Bréfritari: Klemens Björnsson
Viðtakandi: Jón Borgfirðings Jónsson
Dagsetning: A-1861-06-17
Skrifað á: Borg  Kjós.

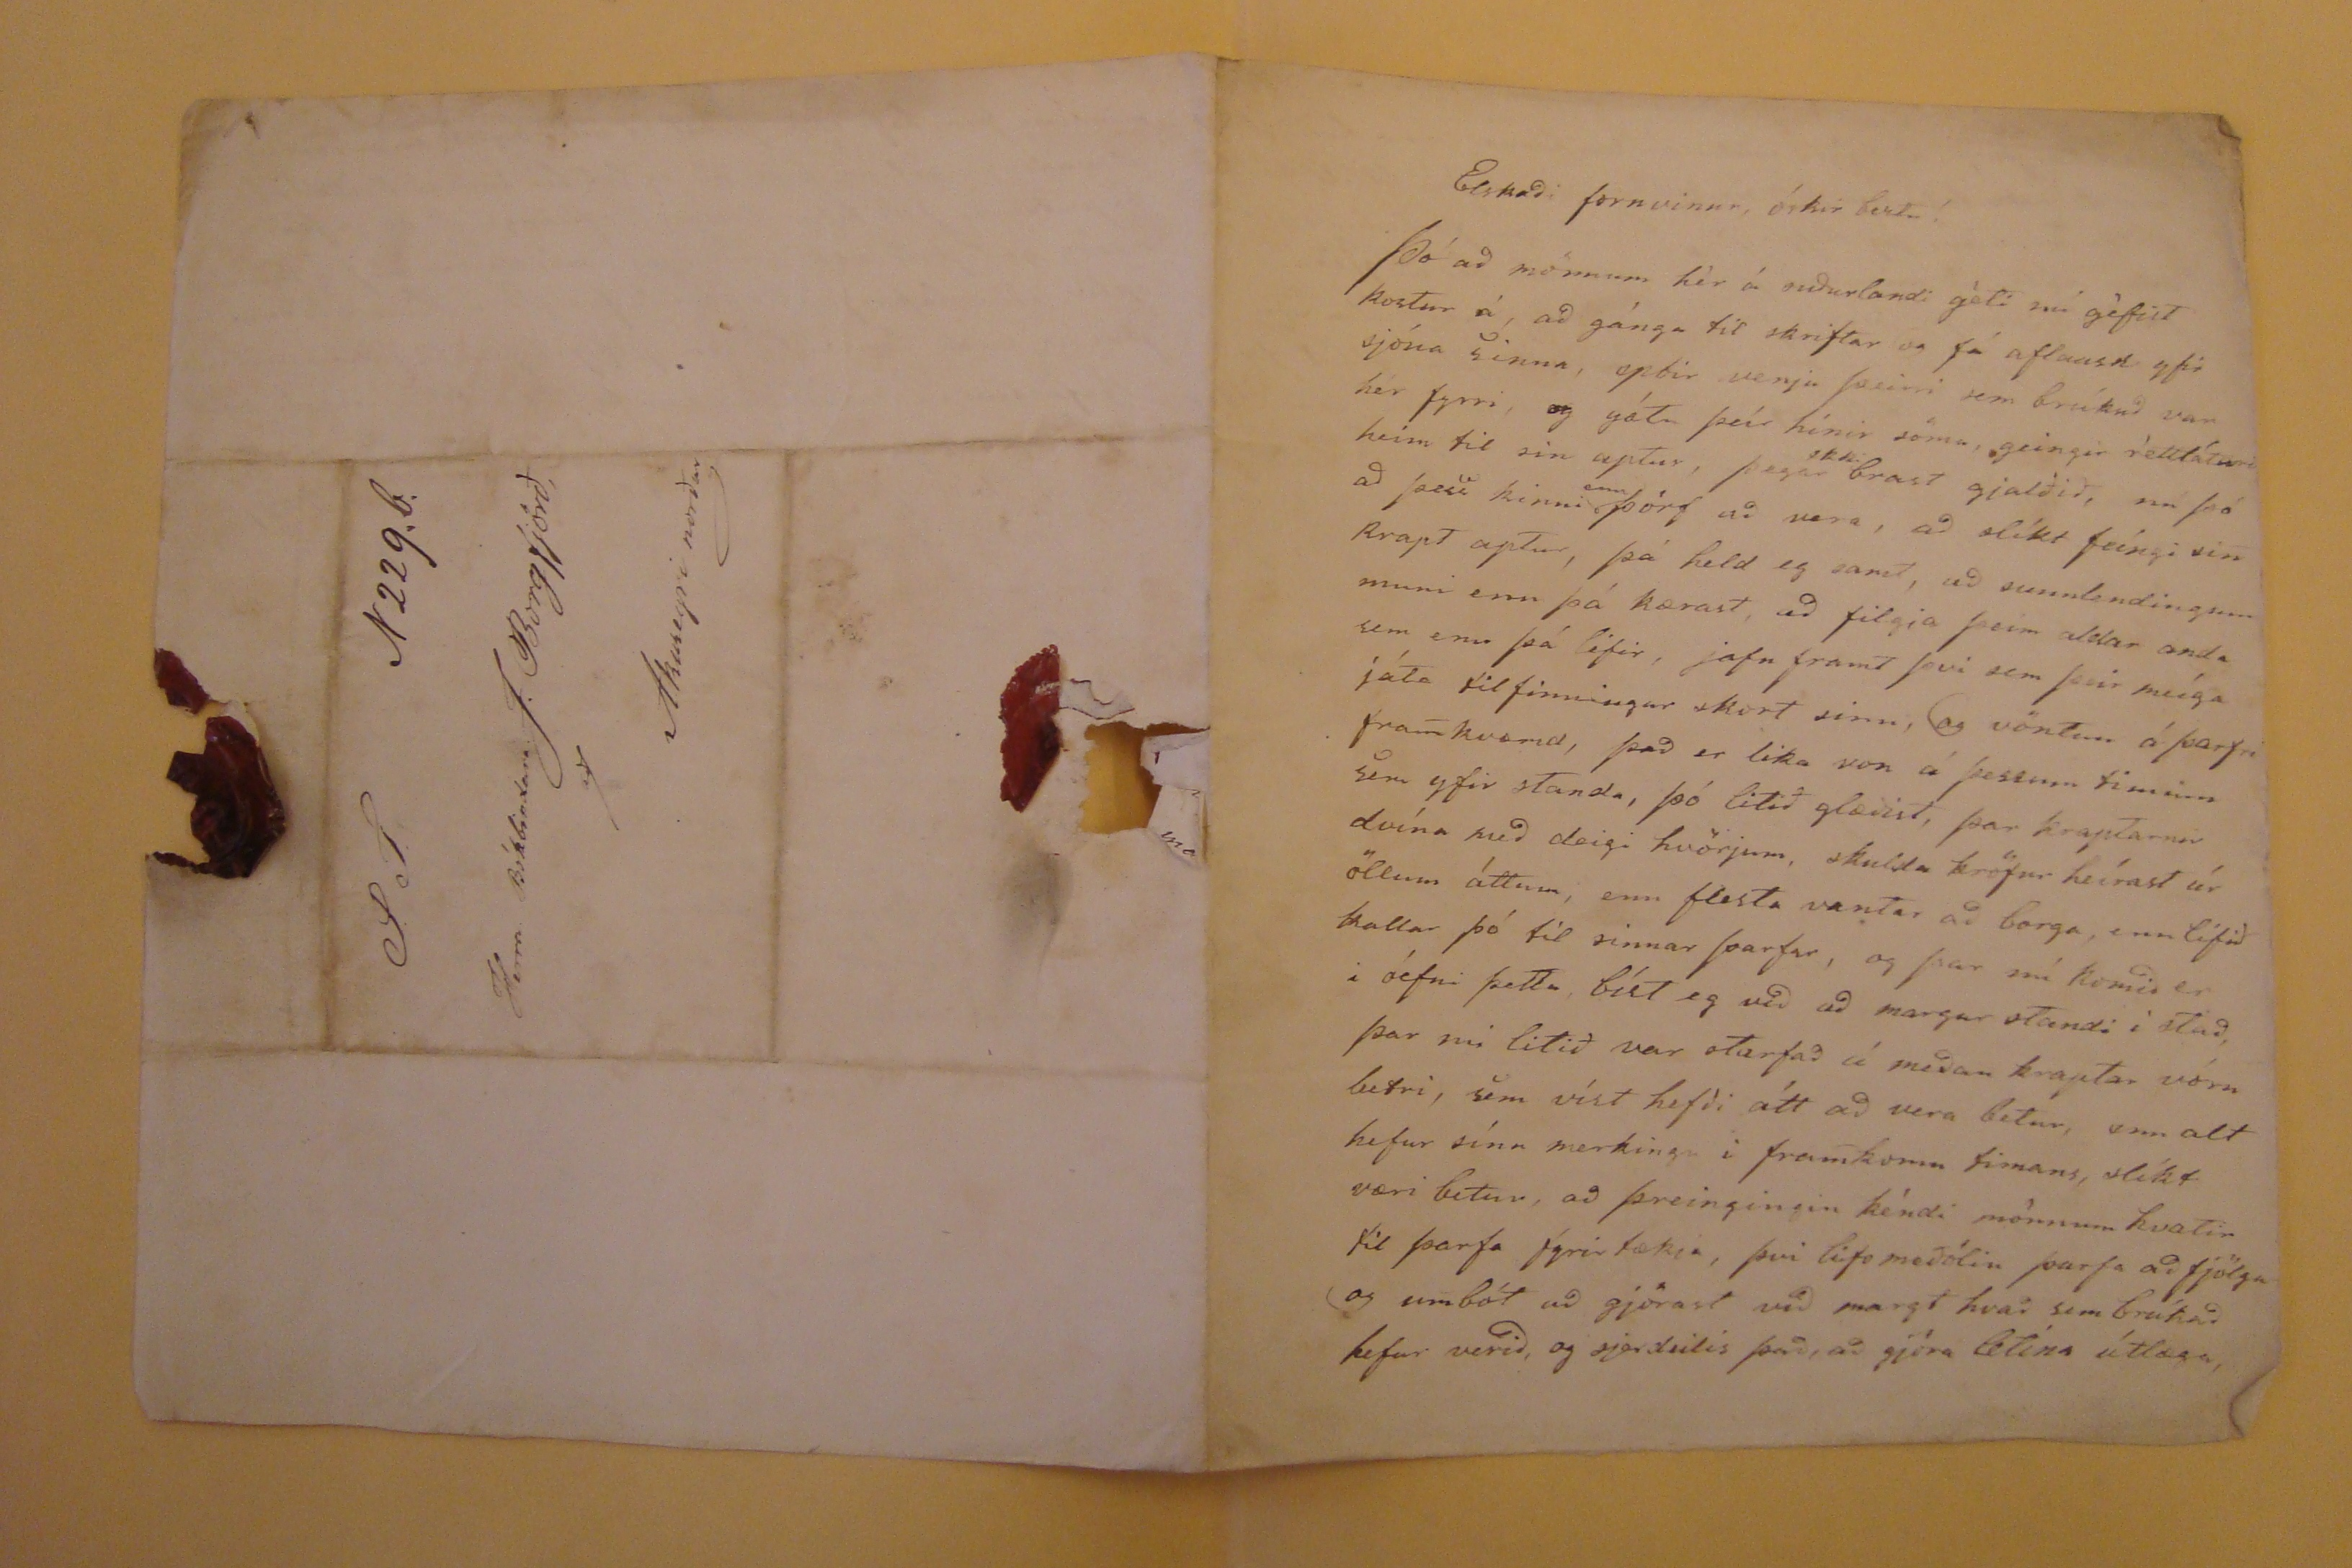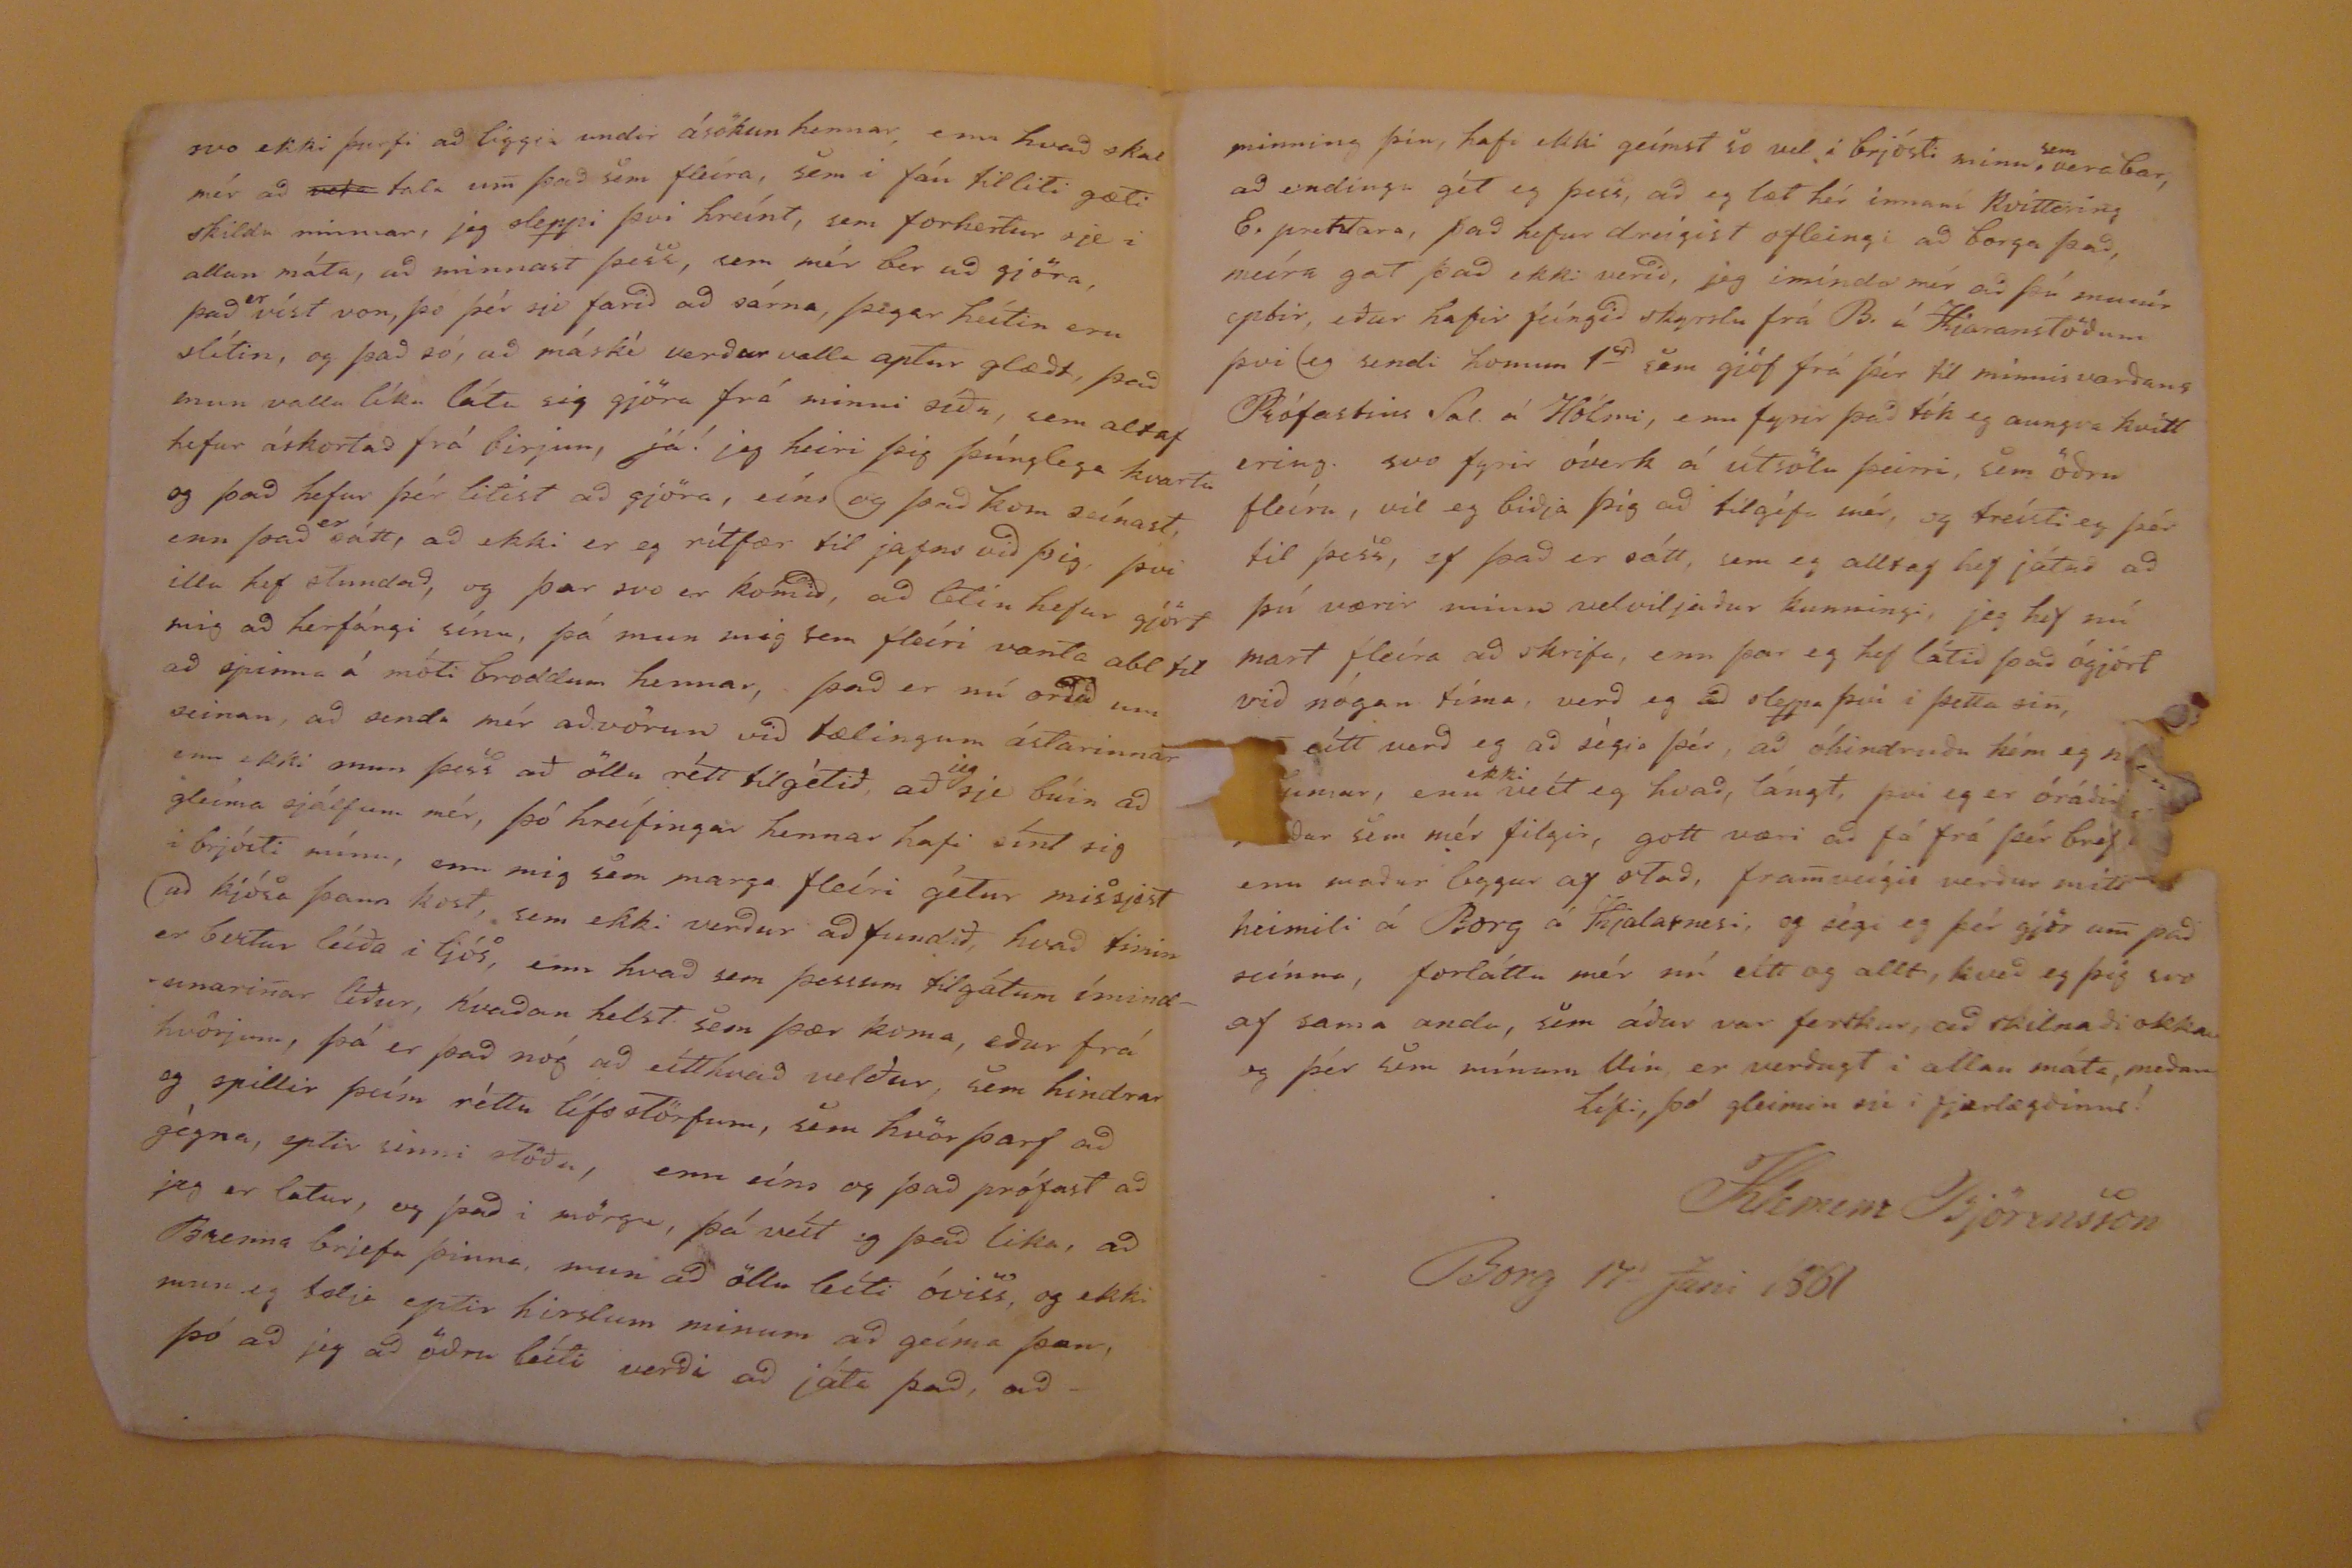

Elskul. góði og triggfast. Vin
Nú við enda þessa árs, berst mér i hendur sendi máður Akureyrar, sem þó ekki hefur skéð fyrri að hann hafi gistingu tekið á sama bæ sem og hef verið, eður þeir norður postur, það væri likast þvi ef eg nenti ekki þá, að ríta þér eína línu, sem eg vilði diljast i felum sem þó ekki er að réttu, skapnaður minn, þvi frjálslegan sýni eg mig i lifnaði mínum, enn það er óhætt umliðið, síðan eg losaði
böndint
já það er
ofstutt
, enn það er mini vandi að sjá á eptir, það gjöri eg að gamni
mínu
að láta þig sjá nafn mitt að þessu sini, þvi ekkert gét eg sagt þér i frjettum, útan það, að mér líður vel, og að margir verða til þess að unna mér heldur góðs, sem að eru mikils verð auðæfi i þessu lifi, almennast er að heíra alstaðar frá, þúnga kvefveíki, og nokkrir kallast á burtu, enn fáir nafnkéndir, þeír hafa haft talsvert fyrir stafni Borgfyrðingar i haust, með fjenaðar niðurskurð, og inkaup þess aptur
það má ségia um það, að betra er að vakna
seinna
enn aldrei, mikil stjórn er með fjárklaðan hér siðra og mikil þolinmæði er það, sem sunnlendingar hafa til að bera, að þreíta við þessa ónógu lækningu, sem aldrei dugar, og mikið þiki mér meðmæli J sigruðsson við lækningar, og hjálpa þar víst að spillvirkjar velförnunar lansins, og víst er það að betur fellur mér, J Guðmundssonar ritgjörð um kláðan, nú, heldur en fyrri, þvi mér virðist hún, nú fyrst
hrein
og alvarleg, þess er líka þörf, og er þó Jón farin að slá slöku við þjóðólf, þó starfar hann mikið, og það er hentast að hann er fær um að afkasta míklu, ekki gét eg mínst á bókalíf mitt, það er ekkert, því eg hættur að lesa blöð og bækur, enn það var eg mestur i haust, að eg gat feinigð árbækur þær sem mig vantaði, E. Bókbindari útvegaði mér þær, víst er það hug hef eg á því að skrífa mig í Bókmenta fjelagið, er það er um seínan, utan að skrifa sig fram fyrir það liðna, en það er þíngra þvi eingin fæst i
fylgi
, sona er það en þá hér siðra, það má nú ekki vera minna en það, að eg minist á skuld þá, sem þú átt hjá,
mér
það er altaf of mikil dráttur að borga það, svo vegna þess vægar þú ekki að senda mér fallegustu
Bókina sem þeir prenta á Akureyri, því ekki nenni eg að sækja hana til þín enn þá, alstaðar er nú þúngt að halda áfram lifi sínu því tiðin er þúng og dýr mjög; og sumt að mestu ófánlegt, þetta má kalla rétt að nafninu tilskrif mitt núna, enn eg þekki þig á þann veg, að þú ert vanur veíkum og strjálum við burðum mínum, að endíngu þakka eg þér fyrir öll þér góðu tilskrif sem annað gott og trígðaríkt mér auðsínt, kveð eg þig svo óskum bestu, af samjöfnum vínar anda, og vil jafnan finnast hinn sami i fjærlægðinni þinn gamli úngdóms Vin!
KBjörnasson
Brekku dag 27 Decembr 1859
S.T.
Herra Bókbindara J. Borgfjörð
á
Akureyri